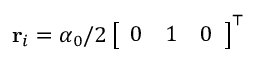
\mathbf { r } _ { i } = \alpha _ { 0 } / 2 \left[ \begin{array} { l l l } { 0 } & { 1 } & { 0 } \end{array} \right] ^ { \top }